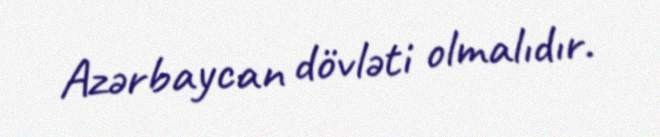
Azərbaycan dövləti olmalıdır.